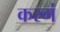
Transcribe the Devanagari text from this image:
करगं